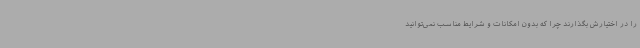
را در اختیارش بگذارند چرا که بدون امکانات و شرایط مناسب نمی‌توانید